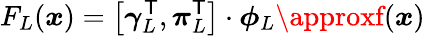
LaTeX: F_{L}(\boldsymbol{x})=\left[\boldsymbol{\gamma}_{L}^{\mathsf{T}},\boldsymbol{\pi}_{L}^{\mathsf{T}}\right]\cdot\boldsymbol{\phi}_{L}\approxf(\boldsymbol{x})